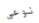
نوعي